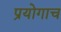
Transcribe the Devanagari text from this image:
प्रयोगाच